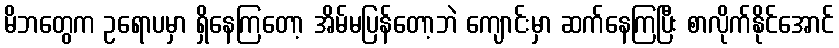
မိဘတွေက ဥရောပမှာ ရှိနေကြတော့ အိမ်မပြန်တော့ဘဲ ကျောင်းမှာ ဆက်နေကြပြီး စာလိုက်နိုင်အောင်